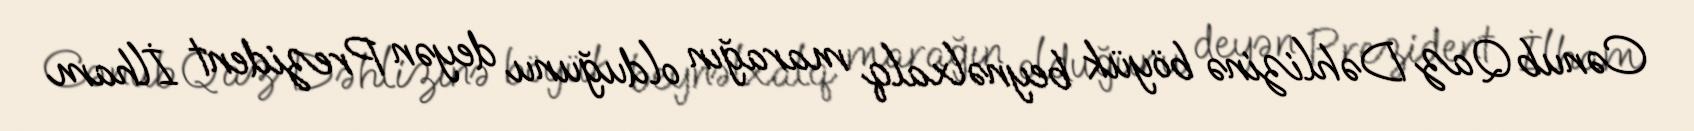
Cənub Qaz Dəhlizinə böyük beynəlxalq marağın olduğunu deyən Prezident İlham